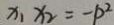
x _ { 1 } x _ { 2 } = - p ^ { 2 }